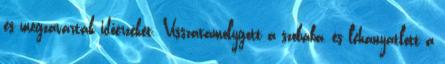
és megzavarták időérzékét. Visszatámolygott a szobába, és lehanyatlott a